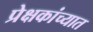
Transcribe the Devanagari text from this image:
प्रेक्षकांच्यात